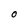
Character: O